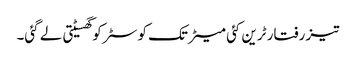
تیز رفتار ٹرین کئی میٹر تک کوسٹر کو گھسیٹتی لے گئی۔